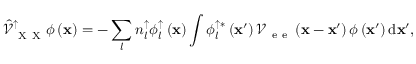
\hat { \mathcal { V } } _ { \mathrm { ~ X ~ X ~ } } ^ { \uparrow } \phi \left( { \bf x } \right) = - \sum _ { l } { n _ { l } ^ { \uparrow } \phi _ { l } ^ { \uparrow } \left( { \bf x } \right) \int { \phi _ { l } ^ { \uparrow * } \left( { \bf x } ^ { \prime } \right) \mathcal { V } _ { \mathrm { ~ e ~ e ~ } } \left( { \bf x } - { \bf x } ^ { \prime } \right) \phi \left( { \bf x } ^ { \prime } \right) \mathrm { d } { \bf x } ^ { \prime } } } ,